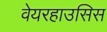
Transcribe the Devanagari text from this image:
वेयरहाउसिस